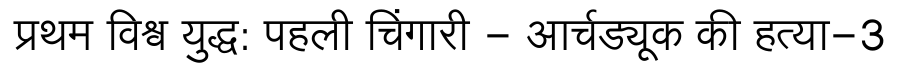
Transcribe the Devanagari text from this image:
प्रथम विश्व युद्ध: पहली चिंगारी - आर्चड्यूक की हत्या-3